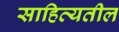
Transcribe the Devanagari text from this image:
साहित्यतील